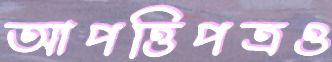
আপত্তিপত্রও